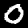
Label: 0